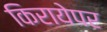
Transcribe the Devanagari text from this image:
किरायेपर